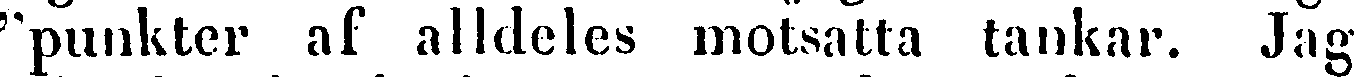
''punkter af alldeles motsatta tankar. Jag